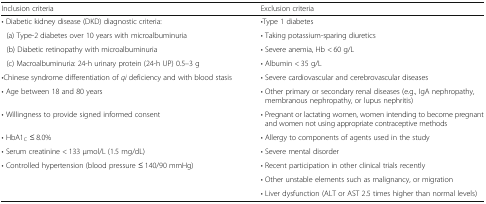
<table><thead><tr><td><b>Inclusion criteria</b></td><td><b>Exclusion criteria</b></td></tr></thead><tbody><tr><td>• Diabetic kidney disease (DKD) diagnostic criteria:</td><td>•Type 1 diabetes</td></tr><tr><td> (a) Type-2 diabetes over 10 years with microalbuminuria</td><td>• Taking potassium-sparing diuretics</td></tr><tr><td> (b) Diabetic retinopathy with microalbuminuria</td><td>• Severe anemia, Hb &lt; 60 g/L</td></tr><tr><td> (c) Macroalbuminuria: 24-h urinary protein (24-h UP) 0.5–3 g</td><td>• Albumin &lt; 35 g/L</td></tr><tr><td>•Chinese syndrome differentiation of <i>qi</i> deficiency and with blood stasis</td><td>• Severe cardiovascular and cerebrovascular diseases</td></tr><tr><td>• Age between 18 and 80 years</td><td>• Other primary or secondary renal diseases (e.g., IgA nephropathy, membranous nephropathy, or lupus nephritis)</td></tr><tr><td>• Willingness to provide signed informed consent</td><td>• Pregnant or lactating women, women intending to become pregnant and women not using appropriate contraceptive methods</td></tr><tr><td>• HbA1<sub>C</sub> ≤ 8.0%</td><td>• Allergy to components of agents used in the study</td></tr><tr><td>• Serum creatinine &lt; 133 μmol/L (1.5 mg/dL)</td><td>• Severe mental disorder</td></tr><tr><td>• Controlled hypertension (blood pressure ≤ 140/90 mmHg)</td><td>• Recent participation in other clinical trials recently</td></tr><tr><td></td><td>• Other unstable elements such as malignancy, or migration</td></tr><tr><td></td><td>• Liver dysfunction (ALT or AST 2.5 times higher than normal levels)</td></tr></tbody></table>